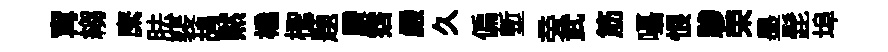
𡩋縐縻胠裴鸪黙橇檉题賸霑嚴久偏塹旁武筋囁恨驂荣墨髭埠